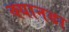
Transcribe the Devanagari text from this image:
क्यानडा